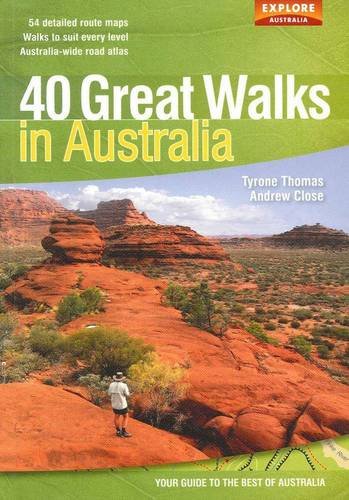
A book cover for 40 Great Walks in Australia; Universal Publishers-Explore Australia; Travel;